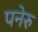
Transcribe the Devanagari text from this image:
पनेरु